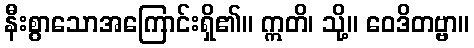
နီးစွာသောအကြောင်းရှိ၏။ ဣတိ၊ သို့။ ဝေဒိတဗ္ဗာ။